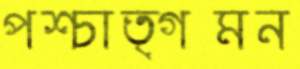
পশ্চাত্গমন